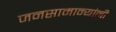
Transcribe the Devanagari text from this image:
जनसामान्यांनी